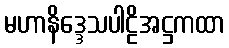
မဟာနိဒ္ဒေသပါဠိအဋ္ဌကထာ